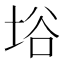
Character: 﨏